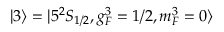
| 3 \rangle = | 5 ^ { 2 } S _ { 1 / 2 } , g _ { F } ^ { 3 } = 1 / 2 , m _ { F } ^ { 3 } = 0 \rangle